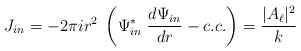
\begin{align*}J_{in} = -2\pi i r^2\; \left( \Psi_{in}^\ast \; {d\Psi_{in}\over dr} - c.c. \right)= {|A_\ell|^2 \over k}\end{align*}